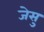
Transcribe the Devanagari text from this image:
जेसु